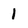
Character: 1